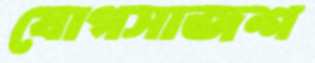
যোগসাজশ